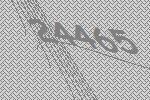
24465